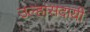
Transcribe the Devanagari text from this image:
उल्हासदायी